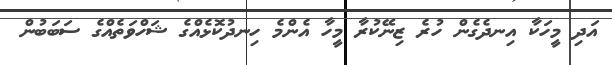
އަދި މީހަކާ އިނދެގެން ހުރެ ޒިނޭކުރާ މީހާ އެންމެ ހިނދުކޮޅެއްގެ ޝަހްވަތެއްގެ ސަބަބުން